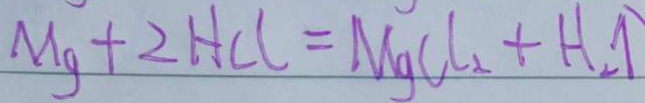
M g + 2 H C l = M g C l _ { 2 } + H _ { 2 } \uparrow